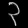
Digit: ၃